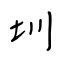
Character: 圳